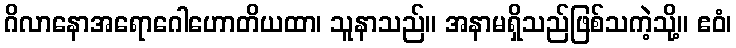
ဂိလာနောအရောဂေါဟောတိယထာ၊ သူနာသည်။ အနာမရှိသည်ဖြစ်သကဲ့သို့။ ဧဝံ၊